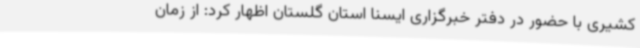
کشیری با حضور در دفتر خبرگزاری ایسنا استان گلستان اظهار کرد: از زمان